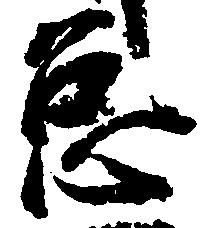
怠